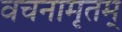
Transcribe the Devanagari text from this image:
वचनामृतम्